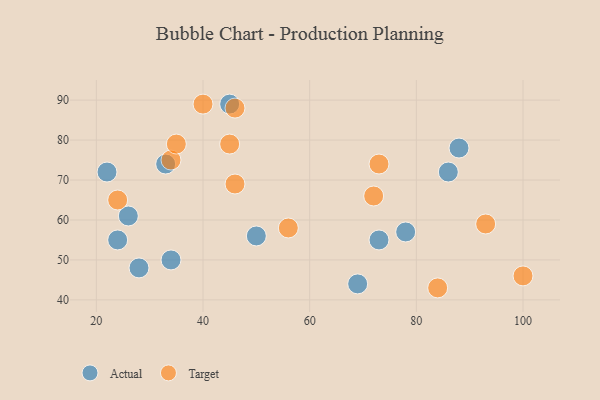
{"axis": {"x": "GDP", "y": "Life Expectancy"}, "legend": ["Actual", "Target"], "data": [{"x": "28", "y": 48, "type": "Actual"}, {"x": "26", "y": 61, "type": "Actual"}, {"x": "78", "y": 57, "type": "Actual"}, {"x": "73", "y": 55, "type": "Actual"}, {"x": "34", "y": 50, "type": "Actual"}, {"x": "22", "y": 72, "type": "Actual"}, {"x": "88", "y": 78, "type": "Actual"}, {"x": "69", "y": 44, "type": "Actual"}, {"x": "33", "y": 74, "type": "Actual"}, {"x": "86", "y": 72, "type": "Actual"}, {"x": "24", "y": 55, "type": "Actual"}, {"x": "50", "y": 56, "type": "Actual"}, {"x": "45", "y": 89, "type": "Actual"}, {"x": "56", "y": 58, "type": "Target"}, {"x": "73", "y": 74, "type": "Target"}, {"x": "45", "y": 79, "type": "Target"}, {"x": "93", "y": 59, "type": "Target"}, {"x": "40", "y": 89, "type": "Target"}, {"x": "72", "y": 66, "type": "Target"}, {"x": "34", "y": 75, "type": "Target"}, {"x": "46", "y": 88, "type": "Target"}, {"x": "84", "y": 43, "type": "Target"}, {"x": "35", "y": 79, "type": "Target"}, {"x": "46", "y": 69, "type": "Target"}, {"x": "100", "y": 46, "type": "Target"}, {"x": "24", "y": 65, "type": "Target"}]}